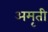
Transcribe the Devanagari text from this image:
अमृती